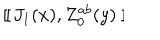
LaTeX: ~ [ \kern - 0 . 4 5 e m \llap ~ [ ~ J _ { 1 } ( x ) , Z _ { 0 } ^ { a b } ( y ) ~ ] \kern - 0 . 4 5 e m \llap ~